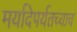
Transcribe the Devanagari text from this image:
मर्यादेपर्यतच्याच